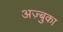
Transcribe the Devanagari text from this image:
अज़्बुका